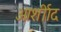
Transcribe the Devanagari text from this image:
आर्शीाद